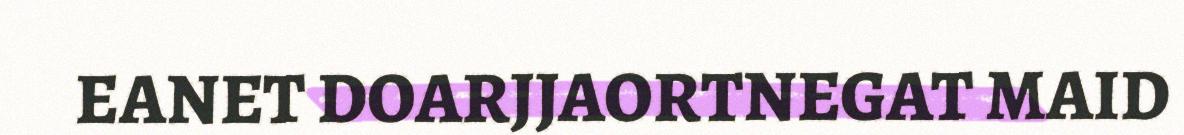
EANET DOARJJAORTNEGAT MAID